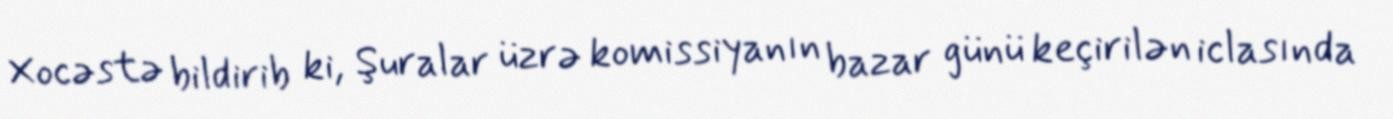
Xocəstə bildirib ki, Şuralar üzrə komissiyanın bazar günü keçirilən iclasında